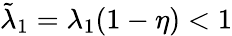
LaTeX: \tilde{\lambda}_{1}=\lambda_{1}(1-\eta)<1